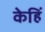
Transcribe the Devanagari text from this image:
केहिं